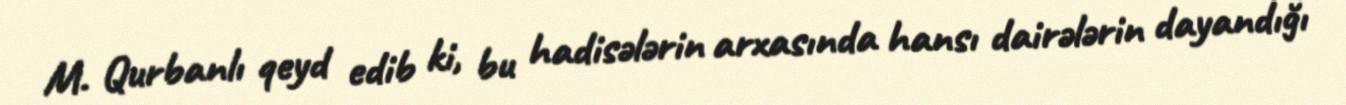
M. Qurbanlı qeyd edib ki, bu hadisələrin arxasında hansı dairələrin dayandığı